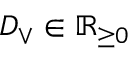
D _ { \vee } \in \mathbb { R } _ { \ge 0 }